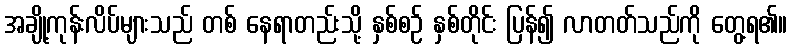
အချို့ကုန်းလိပ်များသည် တစ် နေရာတည်းသို့ နှစ်စဉ် နှစ်တိုင်း ပြန်၍ လာတတ်သည်ကို တွေ့ရ၏။